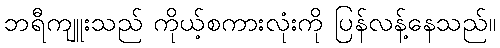
ဘရီကျူးသည် ကိုယ့်စကားလုံးကို ပြန်လန့်နေသည်။